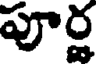
పూర్ణ